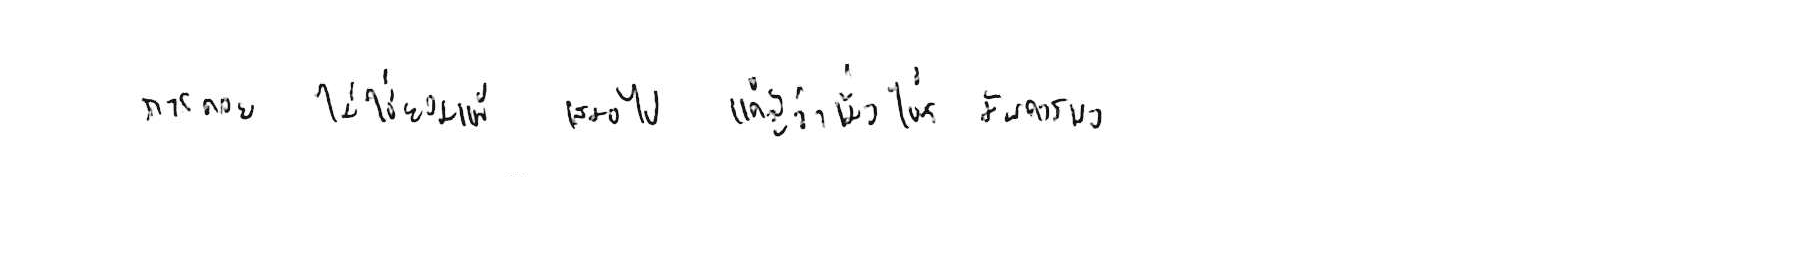
การถอย ไม่ใช่ยอมแพ้ เสมอไป แค่รู้ว่าเมื่อไหร่ มันควรพอ